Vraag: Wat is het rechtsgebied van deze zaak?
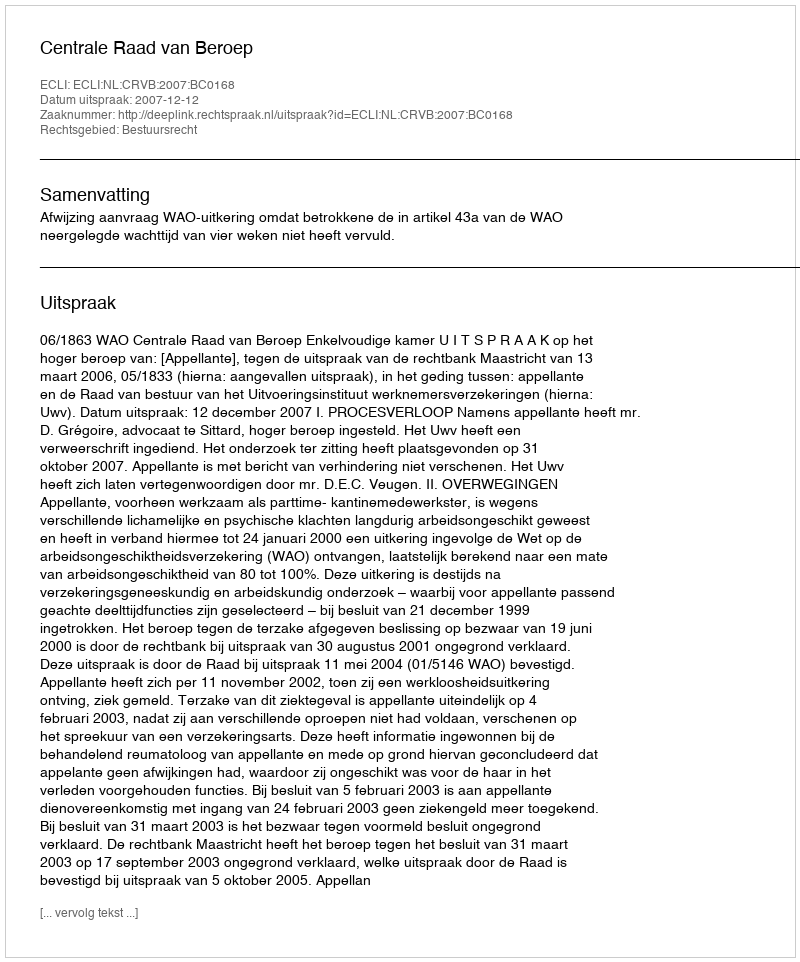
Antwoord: Bestuursrecht